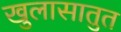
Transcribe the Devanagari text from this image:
खुलासातुत